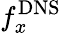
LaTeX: f_{x}^{\mathrm{DNS}}